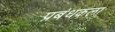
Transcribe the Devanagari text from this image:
प्रबंधकला